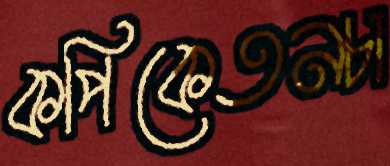
কপিকেতনচা